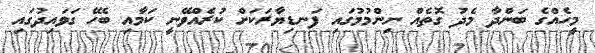
މީހެއްގެ ބަންދާ މެދު ގޮތެއް ނިންމުމުގައި ފަނޑިޔާރަކަށް ކުރެއްވޭނީ ކަމާއި ބެހޭ ގަވައިދުގައި